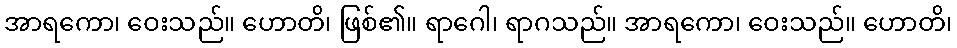
အာရကော၊ ဝေးသည်။ ဟောတိ၊ ဖြစ်၏။ ရာဂေါ၊ ရာဂသည်။ အာရကော၊ ဝေးသည်။ ဟောတိ၊